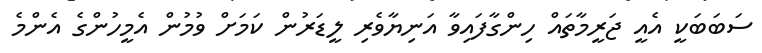
ސަބަބަކީ އެއީ ޖަރީމާތައް ހިންގާފައިވާ އަނިޔާވެރި ލީޑަރުން ކަމަށް ވުމުން އެމީހުންގެ އެންމެ